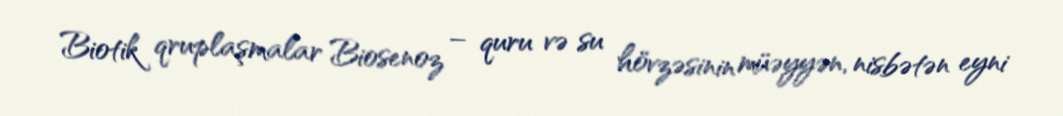
Biotik qruplaşmalar Biosenoz – quru və su hövzəsinin müəyyən, nisbətən eyni